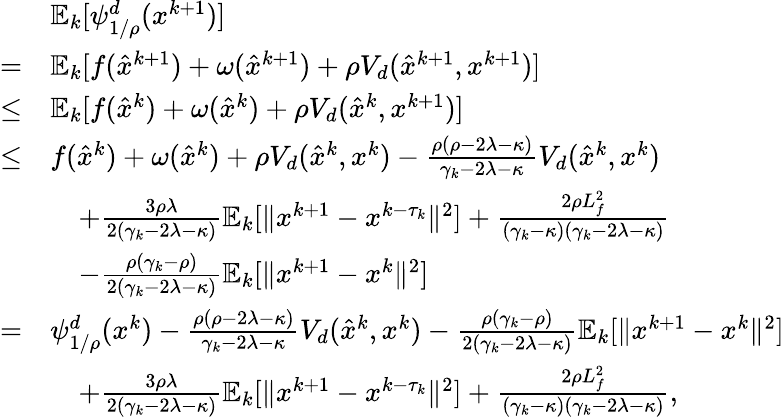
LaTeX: \begin{array}{rl}&{\mathbb{E}_{k}[\psi_{1/\rho}^{d}(x^{k+1})]}\\ {=}&{\mathbb{E}_{k}[f(\hat{x}^{k+1})+\omega(\hat{x}^{k+1})+\rho V_{d}(\hat{x}^{k+1},x^{k+1})]}\\ {\leq}&{\mathbb{E}_{k}[f(\hat{x}^{k})+\omega(\hat{x}^{k})+\rho V_{d}(\hat{x}^{k},x^{k+1})]}\\ {\leq}&{f(\hat{x}^{k})+\omega(\hat{x}^{k})+\rho V_{d}(\hat{x}^{k},x^{k})-\frac{\rho(\rho-2\lambda-\kappa)}{\gamma_{k}-2\lambda-\kappa}V_{d}(\hat{x}^{k},x^{k})}\\ &{\quad+\frac{3\rho\lambda}{2(\gamma_{k}-2\lambda-\kappa)}\mathbb{E}_{k}[\| x^{k+1}-x^{k-\tau_{k}}\| ^{2}]+\frac{2\rho L_{f}^{2}}{(\gamma_{k}-\kappa)(\gamma_{k}-2\lambda-\kappa)}}\\ &{\quad-\frac{\rho(\gamma_{k}-\rho)}{2(\gamma_{k}-2\lambda-\kappa)}\mathbb{E}_{k}[\| x^{k+1}-x^{k}\| ^{2}]}\\ {=}&{\psi_{1/\rho}^{d}(x^{k})-\frac{\rho(\rho-2\lambda-\kappa)}{\gamma_{k}-2\lambda-\kappa}V_{d}(\hat{x}^{k},x^{k})-\frac{\rho(\gamma_{k}-\rho)}{2(\gamma_{k}-2\lambda-\kappa)}\mathbb{E}_{k}[\| x^{k+1}-x^{k}\| ^{2}]}\\ &{\quad+\frac{3\rho\lambda}{2(\gamma_{k}-2\lambda-\kappa)}\mathbb{E}_{k}[\| x^{k+1}-x^{k-\tau_{k}}\| ^{2}]+\frac{2\rho L_{f}^{2}}{(\gamma_{k}-\kappa)(\gamma_{k}-2\lambda-\kappa)},}\end{array}